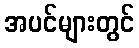
အပင်များတွင်